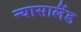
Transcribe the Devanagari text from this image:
न्यासालैंड